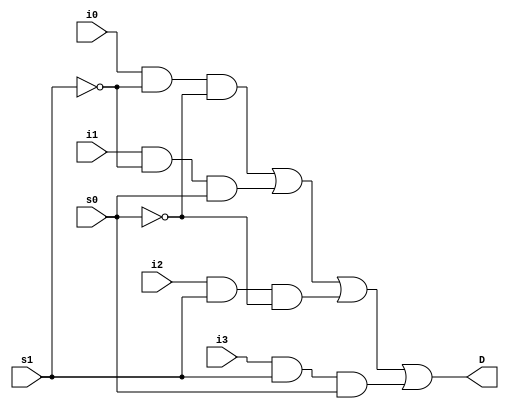
// 1-bit Gate-Level 4->1 Multiplexer
module multiplexer41GateLevel(i0, i1, i2, i3, s0, s1, D);

    input i0, i1, i2, i3, s0, s1;
    output D;

    wire y0, y1, y2, y3;


    and(y0, i0, ~s1, ~s0);
    and(y1, i1, ~s1,  s0);
    and(y2, i2,  s1, ~s0);
    and(y3, i3,  s1,  s0);

    or(D, y0, y1, y2, y3);

endmodule